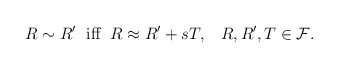
\begin{align*}R \sim R' \;\hbox{ iff } \; R \approx R' + s T, \;\;\; R, R', T \in {\cal F}.\end{align*}